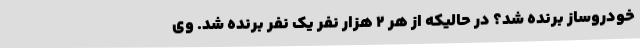
خودروساز برنده شد؟ در حالیکه از هر 2 هزار نفر یک نفر برنده شد. وی